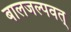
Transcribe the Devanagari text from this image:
बालजल्पवत्